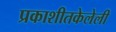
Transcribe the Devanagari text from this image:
प्रकाशीतकेलेली